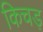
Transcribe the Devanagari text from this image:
किचड़